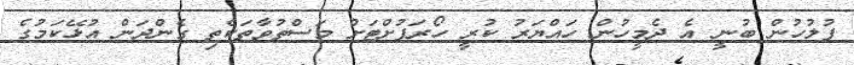
ފުލުހުން ބުނީ އެ ދެމީހުން ހައްޔަރު ކުރީ ހޯރަފުށްޓަށް މަސްތުވާތަކެތި ގެންދަން އުޅޭކަމުގެ